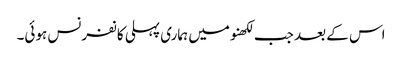
اس کے بعد جب لکھنومیں ہماری پہلی کانفرنس ہوئی۔